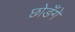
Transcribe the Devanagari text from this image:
छोङँगे